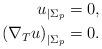
LaTeX: \begin{align*}u_{|\Sigma_p} &= 0, \\\left(\nabla_T u \right)_{|\Sigma_p} &=0. \end{align*}